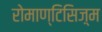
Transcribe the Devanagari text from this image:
रोमाण्टिसिज़्म